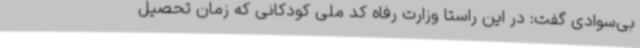
بی‌سوادی گفت: در این راستا وزارت رفاه کد ملی کودکانی که زمان تحصیل